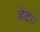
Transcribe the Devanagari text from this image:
डेटा।